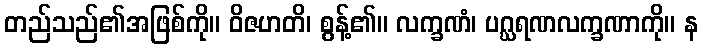
တည်သည်၏အဖြစ်ကို။ ဝိဇဟတိ၊ စွန့်၏။ လက္ခဏံ၊ ပဂ္ဃရဏလက္ခဏာကို။ န